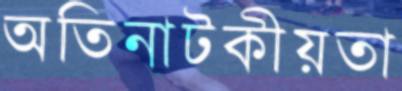
অতিনাটকীয়তা